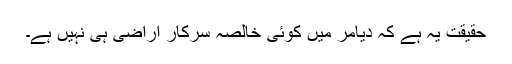
حقیقت یہ ہے کہ دیامر میں کوئی خالصہ سرکار اراضی ہی نہیں ہے۔